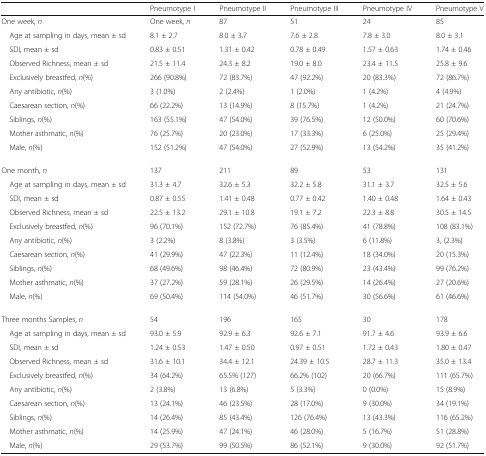
<table><thead><tr><td></td><td><b>Pneumotype I</b></td><td><b>Pneumotype II</b></td><td><b>Pneumotype III</b></td><td><b>Pneumotype IV</b></td><td><b>Pneumotype V</b></td></tr></thead><tbody><tr><td>One week, <i>n</i></td><td>One week, <i>n</i></td><td>87</td><td>51</td><td>24</td><td>85</td></tr><tr><td> Age at sampling in days, mean ± sd</td><td>8.1 ± 2.7</td><td>8.0 ± 3.7</td><td>7.6 ± 2.8</td><td>7.8 ± 3.0</td><td>8.0 ± 3.1</td></tr><tr><td> SDI, mean ± sd</td><td>0.83 ± 0.51</td><td>1.31 ± 0.42</td><td>0.78 ± 0.49</td><td>1.57 ± 0.63</td><td>1.74 ± 0.46</td></tr><tr><td> Observed Richness, mean ± sd</td><td>21.5 ± 11.4</td><td>24.3 ± 8.2</td><td>19.0 ± 8.0</td><td>23.4 ± 11.5</td><td>25.8 ± 9.6</td></tr><tr><td> Exclusively breastfed, <i>n</i>(%)</td><td>266 (90.8%)</td><td>72 (83.7%)</td><td>47 (92.2%)</td><td>20 (83.3%)</td><td>72 (86.7%)</td></tr><tr><td> Any antibiotic, <i>n</i>(%)</td><td>3 (1.0%)</td><td>2 (2.4%)</td><td>1 (2.0%)</td><td>1 (4.2%)</td><td>4 (4.9%)</td></tr><tr><td> Caesarean section, <i>n</i>(%)</td><td>66 (22.2%)</td><td>13 (14.9%)</td><td>8 (15.7%)</td><td>1 (4.2%)</td><td>21 (24.7%)</td></tr><tr><td> Siblings, <i>n</i>(%)</td><td>163 (55.1%)</td><td>47 (54.0%)</td><td>39 (76.5%)</td><td>12 (50.0%)</td><td>60 (70.6%)</td></tr><tr><td> Mother asthmatic, <i>n</i>(%)</td><td>76 (25.7%)</td><td>20 (23.0%)</td><td>17 (33.3%)</td><td>6 (25.0%)</td><td>25 (29.4%)</td></tr><tr><td> Male, <i>n</i>(%)</td><td>152 (51.2%)</td><td>47 (54.0%)</td><td>27 (52.9%)</td><td>13 (54.2%)</td><td>35 (41.2%)</td></tr><tr><td>One month, <i>n</i></td><td>137</td><td>211</td><td>89</td><td>53</td><td>131</td></tr><tr><td> Age at sampling in days, mean ± sd</td><td>31.3 ± 4.7</td><td>32.6 ± 5.3</td><td>32.2 ± 5.8</td><td>31.1 ± 3.7</td><td>32.5 ± 5.6</td></tr><tr><td> SDI, mean ± sd</td><td>0.87 ± 0.55</td><td>1.41 ± 0.48</td><td>0.77 ± 0.42</td><td>1.40 ± 0.48</td><td>1.64 ± 0.43</td></tr><tr><td> Observed Richness, mean ± sd</td><td>22.5 ± 13.2</td><td>29.1 ± 10.8</td><td>19.1 ± 7.2</td><td>22.3 ± 8.8</td><td>30.5 ± 14.5</td></tr><tr><td> Exclusively breastfed, <i>n</i>(%)</td><td>96 (70.1%)</td><td>152 (72.7%)</td><td>76 (85.4%)</td><td>41 (78.8%)</td><td>108 (83.1%)</td></tr><tr><td> Any antibiotic, <i>n</i>(%)</td><td>3 (2.2%)</td><td>8 (3.8%)</td><td>3 (3.5%)</td><td>6 (11.8%)</td><td>3, (2.3%)</td></tr><tr><td> Caesarean section, <i>n</i>(%)</td><td>41 (29.9%)</td><td>47 (22.3%)</td><td>11 (12.4%)</td><td>18 (34.0%)</td><td>20 (15.3%)</td></tr><tr><td> Siblings, <i>n</i>(%)</td><td>68 (49.6%)</td><td>98 (46.4%)</td><td>72 (80.9%)</td><td>23 (43.4%)</td><td>99 (76.2%)</td></tr><tr><td> Mother asthmatic, <i>n</i>(%)</td><td>37 (27.2%)</td><td>59 (28.1%)</td><td>26 (29.5%)</td><td>14 (26.4%)</td><td>27 (20.6%)</td></tr><tr><td> Male, <i>n</i>(%)</td><td>69 (50.4%)</td><td>114 (54.0%)</td><td>46 (51.7%)</td><td>30 (56.6%)</td><td>61 (46.6%)</td></tr><tr><td>Three months Samples, <i>n</i></td><td>54</td><td>196</td><td>165</td><td>30</td><td>178</td></tr><tr><td> Age at sampling in days, mean ± sd</td><td>93.0 ± 5.9</td><td>92.9 ± 6.3</td><td>92.6 ± 7.1</td><td>91.7 ± 4.6</td><td>93.9 ± 6.6</td></tr><tr><td> SDI, mean ± sd</td><td>1.24 ± 0.53</td><td>1.47 ± 0.50</td><td>0.97 ± 0.51</td><td>1.72 ± 0.43</td><td>1.80 ± 0.47</td></tr><tr><td> Observed Richness, mean ± sd</td><td>31.6 ± 10.1</td><td>34.4 ± 12.1</td><td>24.39 ± 10.5</td><td>28.7 ± 11.3</td><td>35.0 ± 13.4</td></tr><tr><td> Exclusively breastfed, <i>n</i>(%)</td><td>34 (64.2%)</td><td>65.5% (127)</td><td>66.2% (102)</td><td>20 (66.7%)</td><td>111 (65.7%)</td></tr><tr><td> Any antibiotic, <i>n</i>(%)</td><td>2 (3.8%)</td><td>13 (6.8%)</td><td>5 (3.3%)</td><td>0 (0.0%)</td><td>15 (8.9%)</td></tr><tr><td> Caesarean section, <i>n</i>(%)</td><td>13 (24.1%)</td><td>46 (23.5%)</td><td>28 (17.0%)</td><td>9 (30.0%)</td><td>34 (19.1%)</td></tr><tr><td> Siblings, <i>n</i>(%)</td><td>14 (26.4%)</td><td>85 (43.4%)</td><td>126 (76.4%)</td><td>13 (43.3%)</td><td>116 (65.2%)</td></tr><tr><td> Mother asthmatic, <i>n</i>(%)</td><td>14 (25.9%)</td><td>47 (24.1%)</td><td>46 (28.0%)</td><td>5 (16.7%)</td><td>51 (28.8%)</td></tr><tr><td> Male, <i>n</i>(%)</td><td>29 (53.7%)</td><td>99 (50.5%)</td><td>86 (52.1%)</td><td>9 (30.0%)</td><td>92 (51.7%)</td></tr></tbody></table>